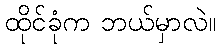
ထိုင်ခုံက ဘယ်မှာလဲ။